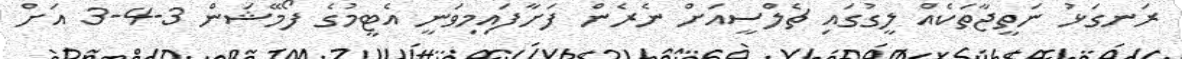
ރަނގަޅު ނަތީޖާތަކެއް ލީގުގައި ޗެލްސީއަށް ނެރެން ފަށާފައިމިވަނީ އެޓީމުގެ ފޯމޭޝަން 3-4-3 އަށް